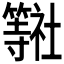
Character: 𮆠